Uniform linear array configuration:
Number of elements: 16
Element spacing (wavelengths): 0.25
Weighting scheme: binomial
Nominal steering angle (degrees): -60
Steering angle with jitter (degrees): -59.316
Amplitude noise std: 0.05
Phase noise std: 0.05

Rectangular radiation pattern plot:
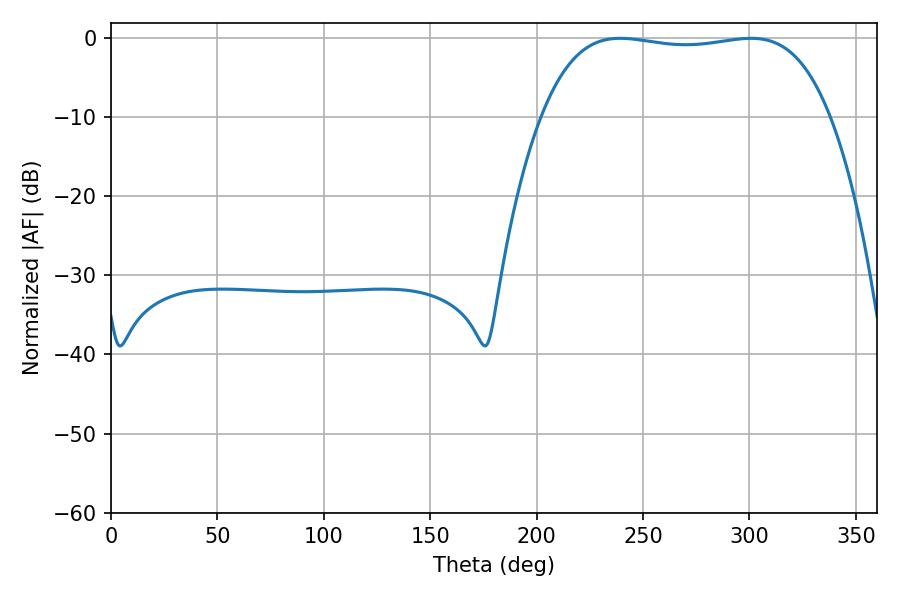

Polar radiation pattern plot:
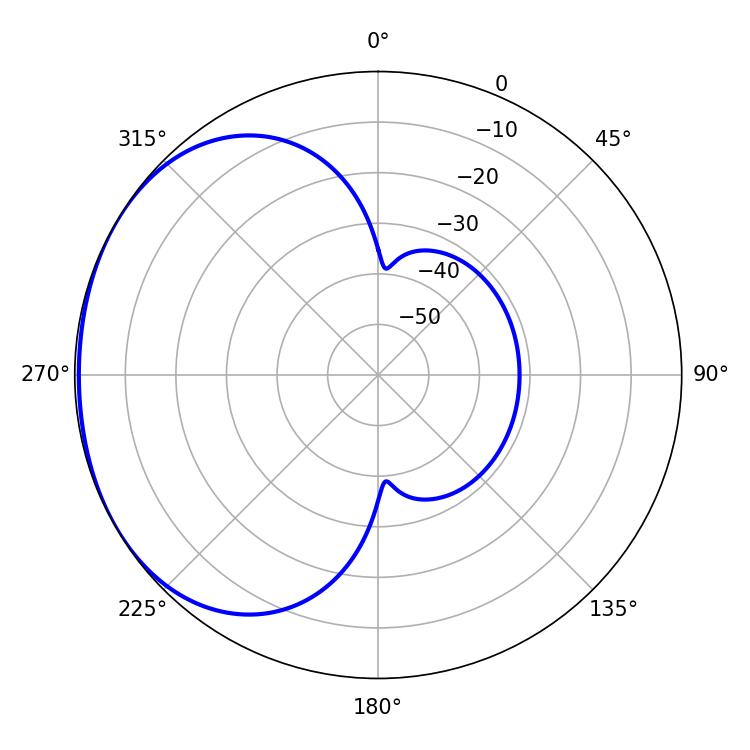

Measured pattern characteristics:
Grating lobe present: FALSE
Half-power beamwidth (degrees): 107.64
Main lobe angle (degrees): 239.22